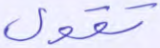
تقول